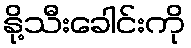
နို့သီးခေါင်းကို